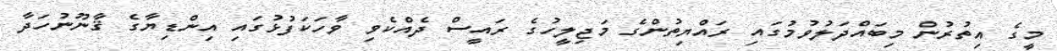
މީގެ އިތުރުން މިބައްދަލުވުމުގައި ރައްޔިތުންގެ މަޖިލީހުގެ ރައީސް ދެއްކެވި ވާހަކަފުޅުގައި އިންޑިޔާގެ ޤާނޫނުހަދާ